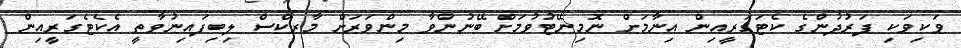
ވަކިވަކި ފަރުދުންގެ ކެޓަގަރީއިން އިނާމަށް ނޮމިނޭޓުވުމަށް ބޭނުންވާ މިންވަރަށް މާރކްސް ލިބިފައިނުވާތީ އެކެޓެގަރީއިން